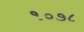
૧૦૭૮